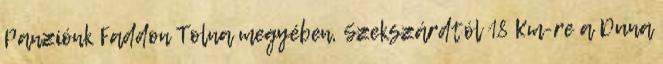
Panziónk Faddon Tolna megyében, Szekszárdtól 18 Km-re a Duna